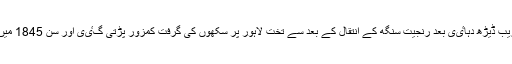
کشمیر کے پنجاب سلطنت میں شامل ہونے کے قریب ڈیڑھ دہاٸی بعد رنجیت سنگھ کے انتقال کے بعد سے تخت لاہور پر سکھوں کی گرفت کمزور پڑتی گٸی اور سن 1845 میں انگریزوں نے اس پوری سلطنت کو حاصل کرلیا۔